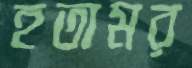
হতামর